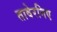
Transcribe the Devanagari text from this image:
तावेरनिए